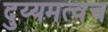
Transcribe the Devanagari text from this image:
दुय्यमत्वच